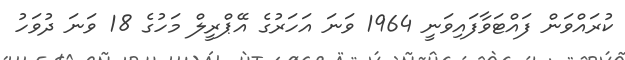
ކުރައްވަން ފައްޓަވާފައިވަނީ 1964 ވަނަ އަހަރުގެ އޭޕްރީލް މަހުގެ 18 ވަނަ ދުވަހު